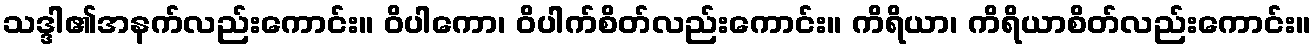
သဒ္ဒါ၏အနက်လည်းကောင်း။ ဝိပါကော၊ ဝိပါက်စိတ်လည်းကောင်း။ ကိရိယာ၊ ကိရိယာစိတ်လည်းကောင်း။